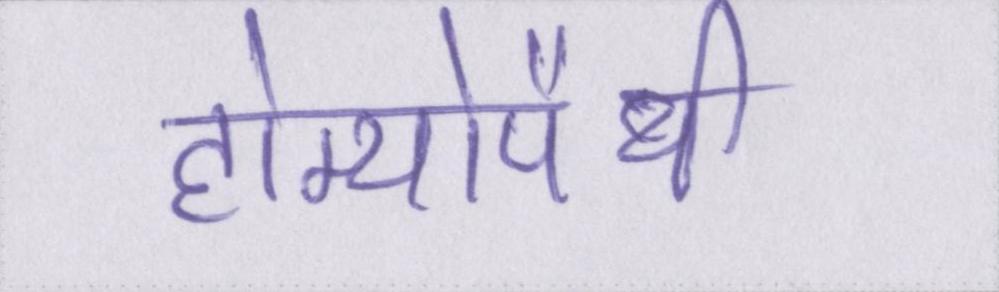
होम्योपैथी